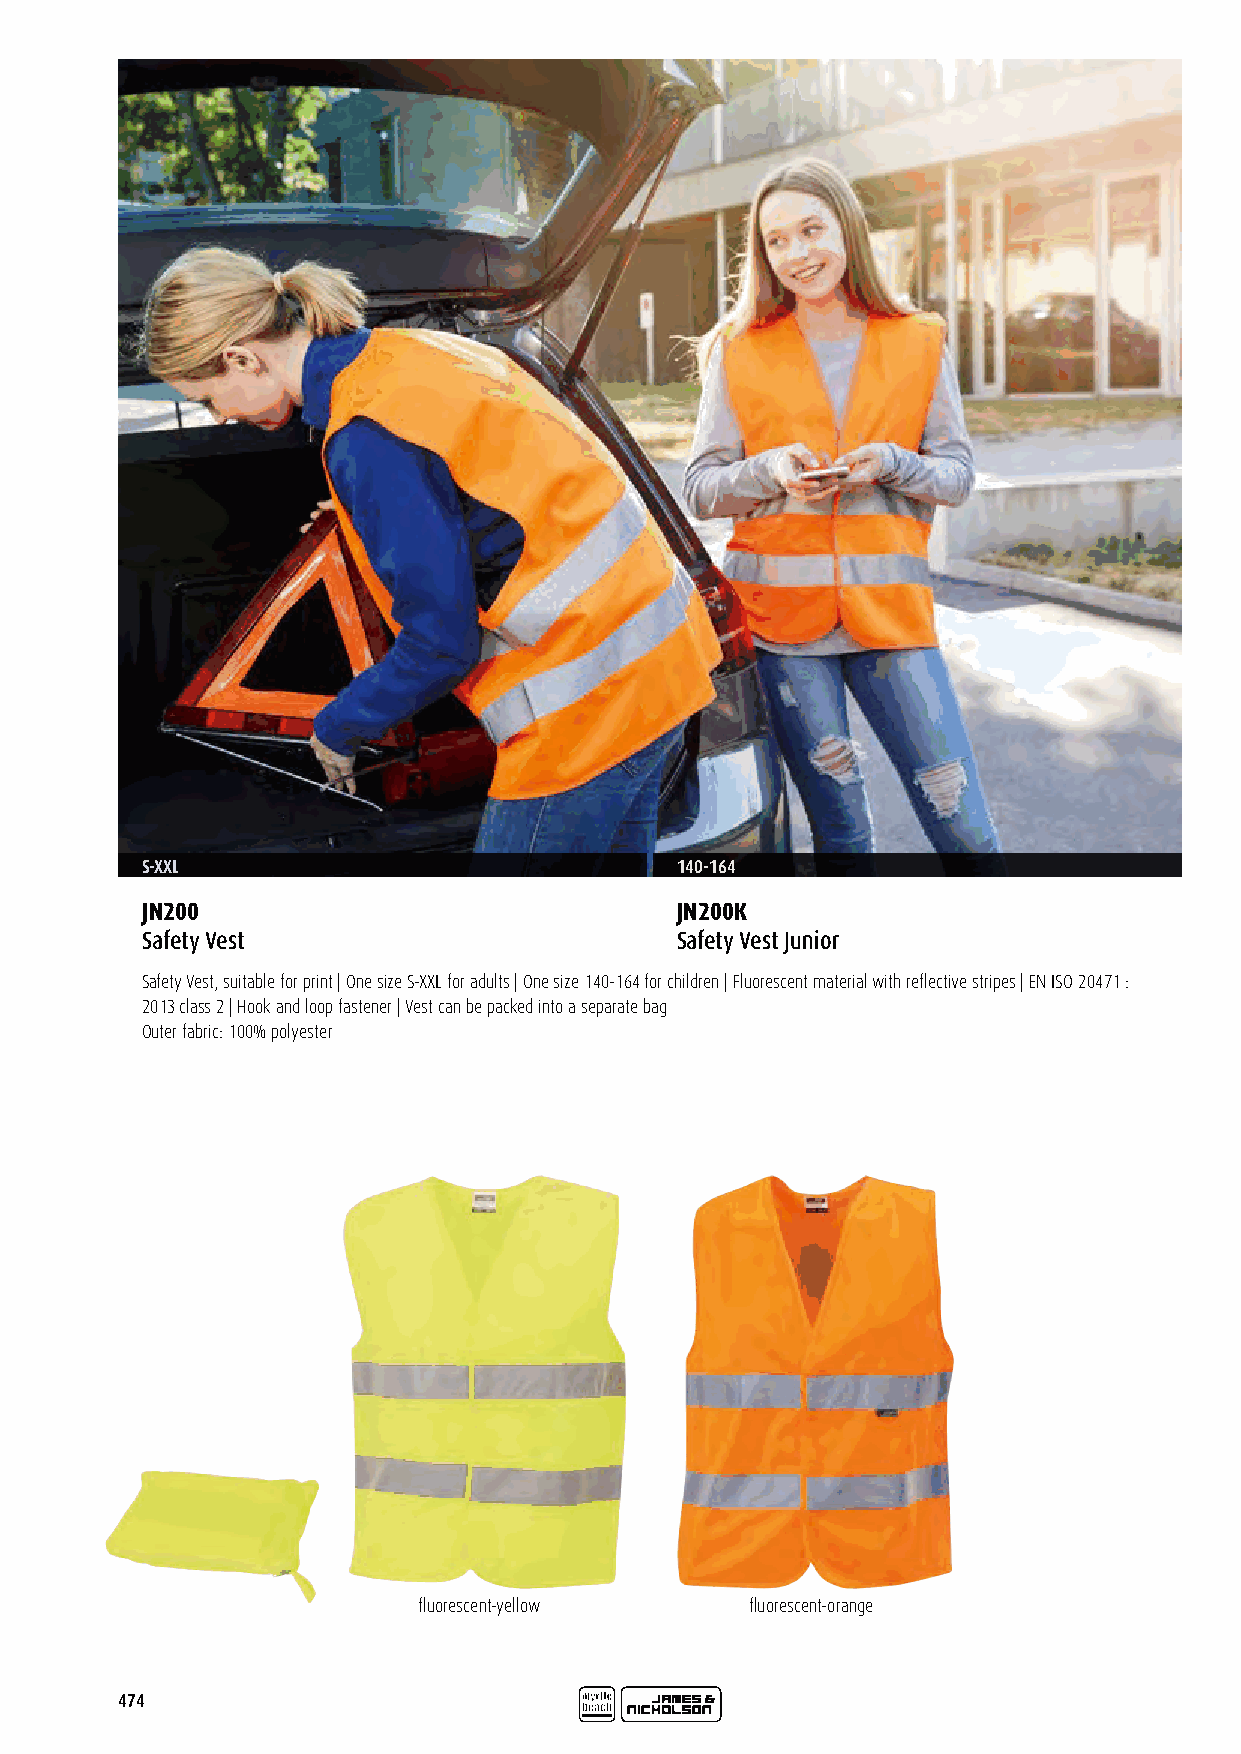
S-XXL                               140-164
 JN200                               JN200K
 Safety Vest                         Safety Vest Junior
 Safety Vest, suitable for print | One size S-XXL for adults | One size 140-164 for children | Fluorescent material with reflective stripes | EN ISO 20471 :
 2013 class 2 | Hook and loop fastener | Vest can be packed into a separate bag
 Outer fabric: 100% polyester
 fluorescent-yellow    fluorescent-orange
 474